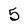
Character: 5